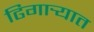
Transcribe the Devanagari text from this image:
ढिगार्‍यात